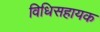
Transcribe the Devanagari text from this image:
विधिसहायक